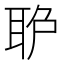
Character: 𦕔